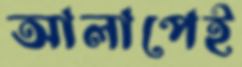
আলাপেই